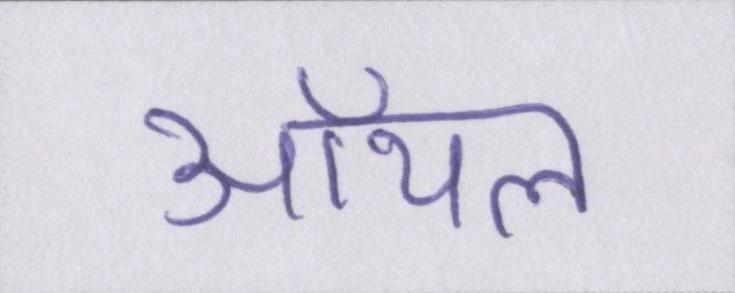
ऑयल